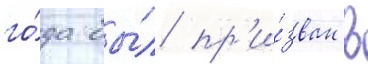
го́да бы́л пр'и́зван в